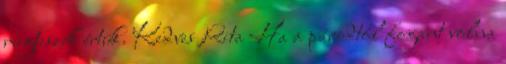
megteszek értük. Kedves Rita Ha a párodtól fogant volna